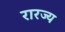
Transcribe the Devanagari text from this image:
रारज्य